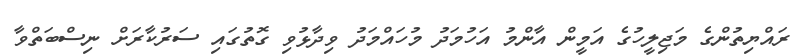
ރައްޔިތުންގެ މަޖިލީހުގެ އަމީން އާންމު އަހުމަދު މުހައްމަދު ވިދާޅުވި ގޮތުގައި ސަރުކާރަށް ނިސްބަތްވާ